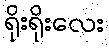
ရိုးရိုးလေး